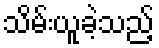
သိမ်းယူခဲ့သည့်